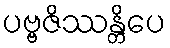
ပဗ္ဗဇိဿန္တိပေ